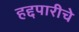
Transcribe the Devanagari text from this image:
हद्दपारीचे